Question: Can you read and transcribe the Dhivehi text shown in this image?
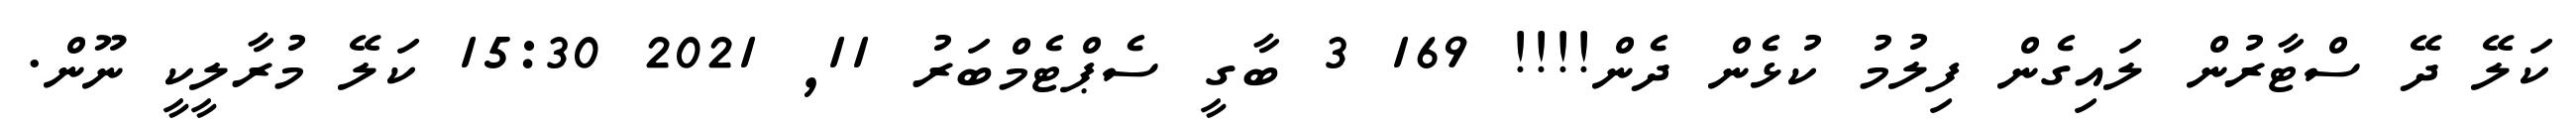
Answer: ކަލޭ ދޭ ސްޓާރުން ލައިގެން ފިލުމު ކުޅެން ދެން!!!! 169 3 ބާގީ ސެޕްޓެމްބަރު 11, 2021 15:30 ކަލޭ މުރާލީކީ ނޫން.